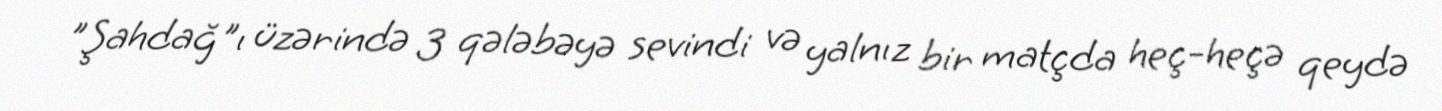
"Şahdağ"ı üzərində 3 qələbəyə sevindi və yalnız bir matçda heç-heçə qeydə